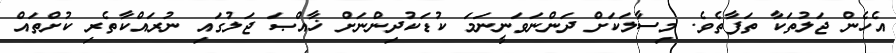
އެހެން ޖަލުތަކާ ތަފާތެވެ. މިސާލަކަށް ދަންނަވަނީނަމަ ކުޑަކުދިންނަށް ޚާއްޞަ ޖަލުގައި ނުރައްކާތެރި ކުށްތައް